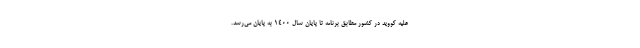
علیه کووید در کشور مطابق برنامه تا پایان سال ۱۴۰۰ به پایان می‌رسد.